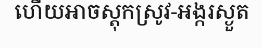
ហើយអាចស្តុកស្រូវ-អង្ករស្ងួត